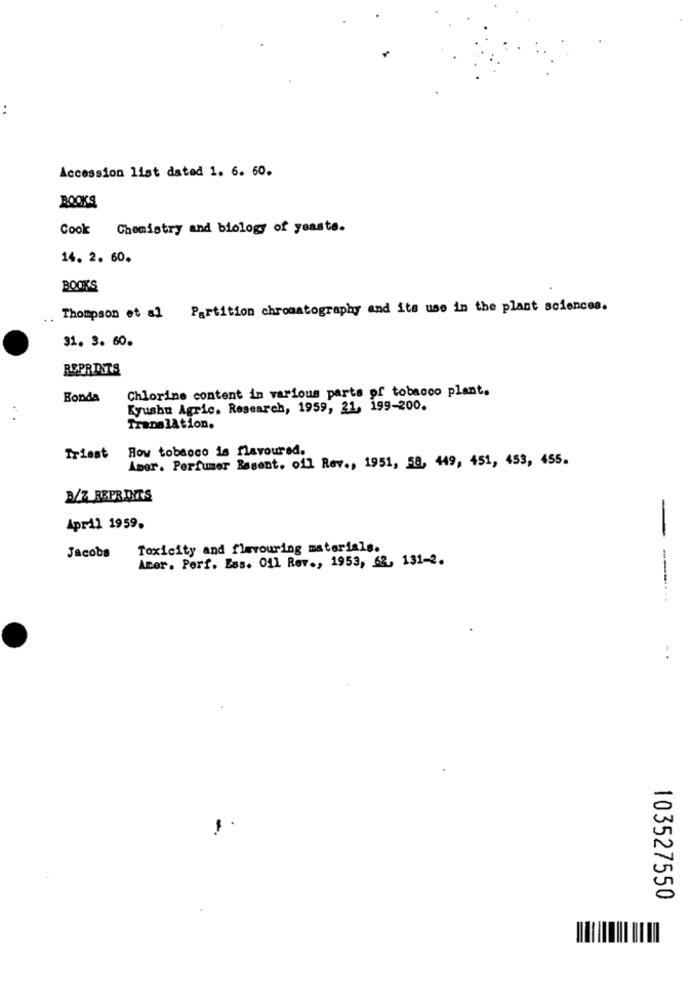
..
Accession list dated 1. 6. 60.
BOOKS
Cook
Chemistry and biology of yeaste.
14. 2. 60.
BOOKS
Thompson et al Partition chromatography and its use in the plant sciences.
31. 3. 60.
REPRINTS
Chlorine content in various parts of tobacco plant.
Bonda
Kyushu Agric. Research, 1959, 21, 199-200.
Translation.
How tobaoco is flavoured.
Triest
Amer. Perfumer Besent. ofl Rev ., 1951, 58, 449, 451, 453, 455.
3/7 REPRINTS
April 1959.
-
Toxicity and flavouring materials.
Jacobs
Acer. Perf. Ess. 011 Rev ., 1953, 62, 131-2.
103527550